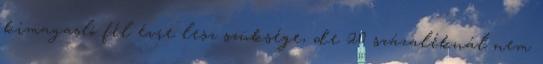
kimagasló fél évre lesz szüksége, de 20 százaléknál nem